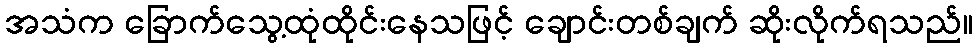
အသံက ခြောက်သွေ့ထုံထိုင်းနေသဖြင့် ချောင်းတစ်ချက် ဆိုးလိုက်ရသည်။